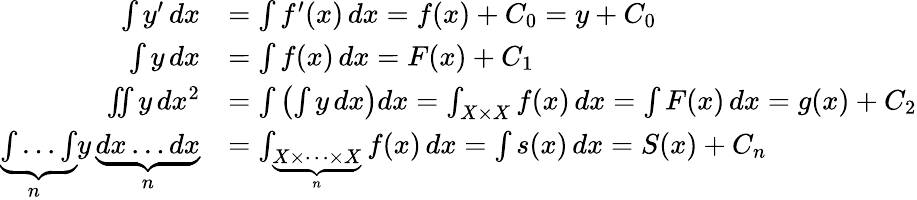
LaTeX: {\begin{array}{rl}{\int y^{\prime}\, dx}&{=\int f^{\prime}(x)\, dx=f(x)+C_{0}=y+C_{0}}\\ {\int y\, dx}&{=\int f(x)\, dx=F(x)+C_{1}}\\ {\iint y\, dx^{2}}&{=\int\left(\int y\, dx\right)dx=\int_{X\times X}f(x)\, dx=\int F(x)\, dx=g(x)+C_{2}}\\ {\underbrace{\int\dots\int}_{\! \! n}y\, \underbrace{dx\dots dx}_{n}}&{=\int_{\underbrace{X\times\cdots\times X}_{n}}f(x)\, dx=\int s(x)\, dx=S(x)+C_{n}}\end{array}}